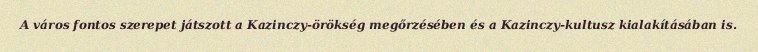
A város fontos szerepet játszott a Kazinczy-örökség megőrzésében és a Kazinczy-kultusz kialakításában is.